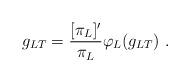
LaTeX: \begin{align*} g_{LT} = \frac{[\pi_L]'}{\pi_L} \varphi_L(g_{LT}) \ .\end{align*}